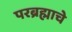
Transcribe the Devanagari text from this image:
परब्रह्माचे